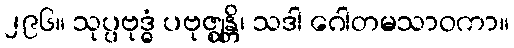
၂၉၆။ သုပ္ပဗုဒ္ဓံ ပဗုဇ္ဈန္တိ၊ သဒါ ဂေါတမသာဝကာ။